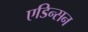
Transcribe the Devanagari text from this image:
एडिन्सन